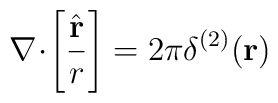
{\bf \nabla}\!\cdot\!\left[\frac{\hat{\bf r}}{r}\right]=2 \pi \delta^{(2)} ({\bf r})\;